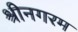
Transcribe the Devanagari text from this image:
श्रीनगरम